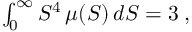
\begin{array} { r } { \int _ { 0 } ^ { \infty } S ^ { 4 } \, \mu ( S ) \, d S = 3 \; , } \end{array}